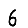
Digit: 6